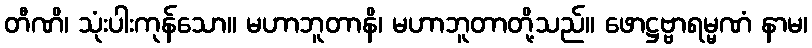
တီဏိ၊ သုံးပါးကုန်သော။ မဟာဘူတာနိ၊ မဟာဘူတာတို့သည်။ ဖောဋ္ဌဗ္ဗာရမ္မဏံ နာမ၊